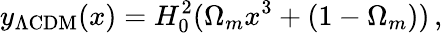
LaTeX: y_{\Lambda\mathrm{CDM}}(x)=H_{0}^{2}(\Omega_{m}x^{3}+(1-\Omega_{m}))\, ,